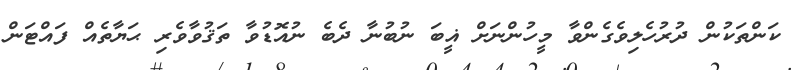
ކަންތަކުން ދުރުހެލިވެގެންވާ މީހުންނަށް ޣީބަ ނުބުނާ ދެބެ ނުއޮޑުވާ ތަޤުވާވެރި ޙަޔާތެއް ފައްޓަން